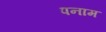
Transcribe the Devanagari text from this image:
पनाम